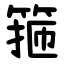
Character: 箍